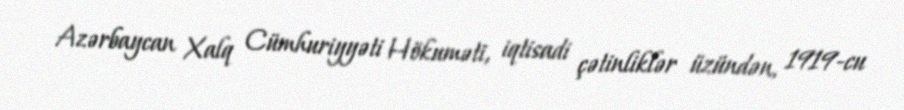
Azərbaycan Xalq Cümhuriyyəti Hökuməti, iqtisadi çətinliklər üzündən, 1919-cu